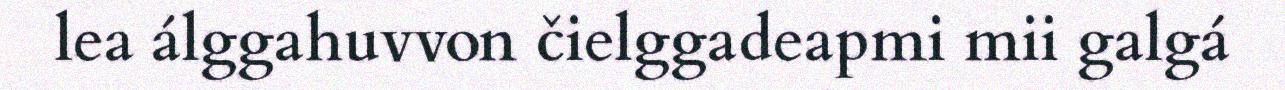
lea álggahuvvon čielggadeapmi mii galgá